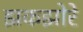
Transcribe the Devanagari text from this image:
झकझोरे